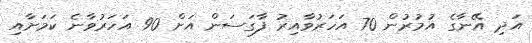
އަދި އޭނާގެ އުމުރުން 70 އަހަރުވާއިރު ފާގަސަން އަށް 90 އަހަރުވާނެ ކަމަށާއި